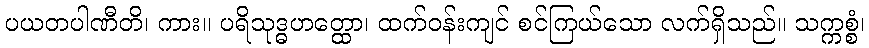
ပယတပါဏီတိ၊ ကား။ ပရိသုဒ္ဓဟတ္ထော၊ ထက်ဝန်းကျင် စင်ကြယ်သော လက်ရှိသည်။ သက္ကစ္စံ၊